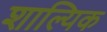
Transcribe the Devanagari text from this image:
शाल्यिक